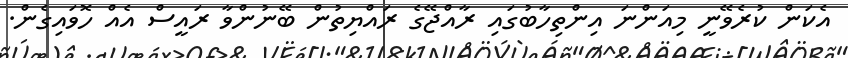
އެކަން ކުރެވޭނީ މިއަންނަ އިންތިހާބުގައި ރާއްޖޭގެ ރައްޔިތުން ބޭނުންވާ ރައީސް އެއް ހޮވައިގެން.